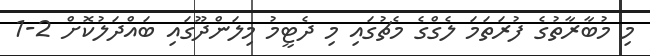
މި މުބާރާތުގެ ފުރަތަމަ ލެގްގެ މެޗުގައި މި ދެޓީމު މިލަންދޫގައި ބައްދަލުކޮށް 2-1